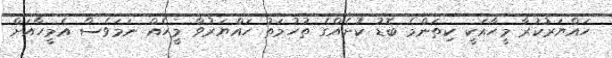
ހައްޔަރުކުރާ މީހާއަކީ ކިތަންމެ ބޮޑު ކުށެއްގެ ތުހުމަތު ހައްޔަރުވާ މީހެއް ނަމަވެސް އެމީހާއަށް